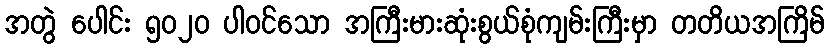
အတွဲ ပေါင်း ၅၀၂၀ ပါဝင်သော အကြီးမားဆုံးစွယ်စုံကျမ်းကြီးမှာ တတိယအကြိမ်